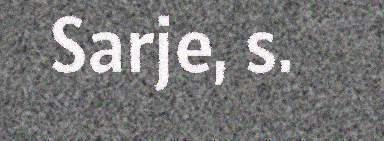
Sarje, s.